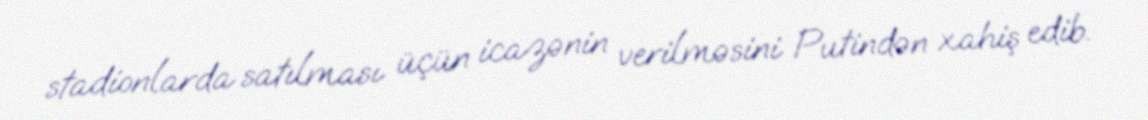
stadionlarda satılması üçün icazənin verilməsini Putindən xahiş edib.